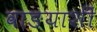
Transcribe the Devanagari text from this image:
वाङयाशीं